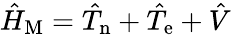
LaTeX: \hat{H}_{\mathrm{M}}=\hat{T}_{\mathrm{n}}+\hat{T}_{\mathrm{e}}+\hat{V}